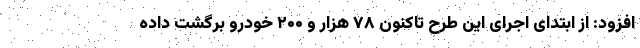
افزود: از ابتدای اجرای این طرح تاکنون ۷۸ هزار و ۲۰۰ خودرو برگشت داده